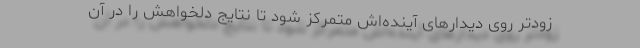
زودتر روی دیدارهای آینده‌اش متمرکز شود تا نتایج دلخواهش را در آن